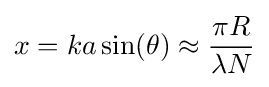
x=ka\sin(\theta )\approx {\frac {\pi R}{\lambda N}}